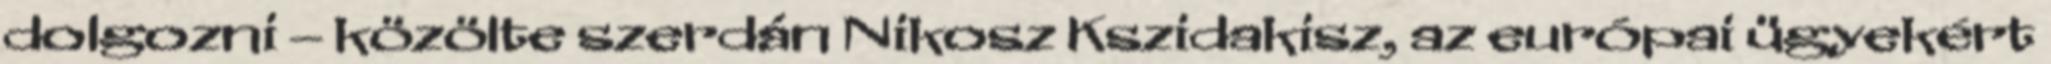
dolgozni – közölte szerdán Nikosz Kszidakisz, az európai ügyekért